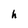
Character: h